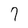
Character: 7